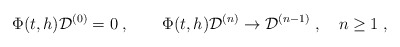
\begin{align*}\Phi (t,h){\cal D}^{(0)} = 0 \; , \qquad\Phi (t,h){\cal D}^{(n)} \rightarrow {\cal D}^{(n-1)} \; ,\quad n \geq 1 \; , \end{align*}